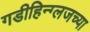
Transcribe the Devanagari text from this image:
गडीहिन्ग्लजच्या